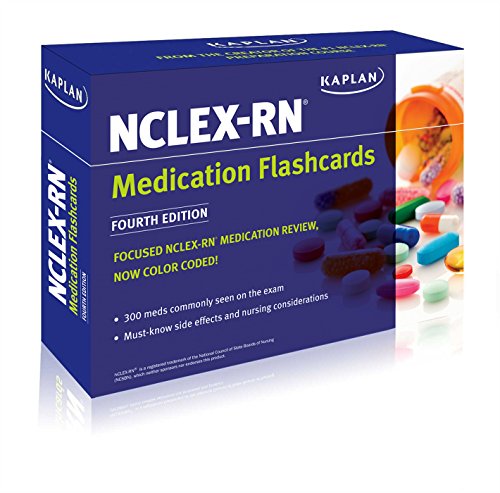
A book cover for NCLEX-RN Medication Flashcards; Kaplan; Test Preparation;